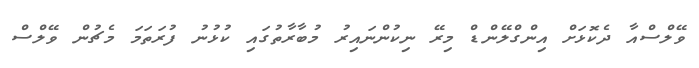
ވޭލްސްއާ ދެކޮޅަށް އިންގްލޭންޑް މިރޭ ނިކުންނައިރު މުބާރާތުގައި ކުޅުނު ފުރަތަމަ މެޗުން ވޭލްސް